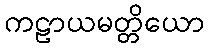
ကဠာယမတ္တိယော